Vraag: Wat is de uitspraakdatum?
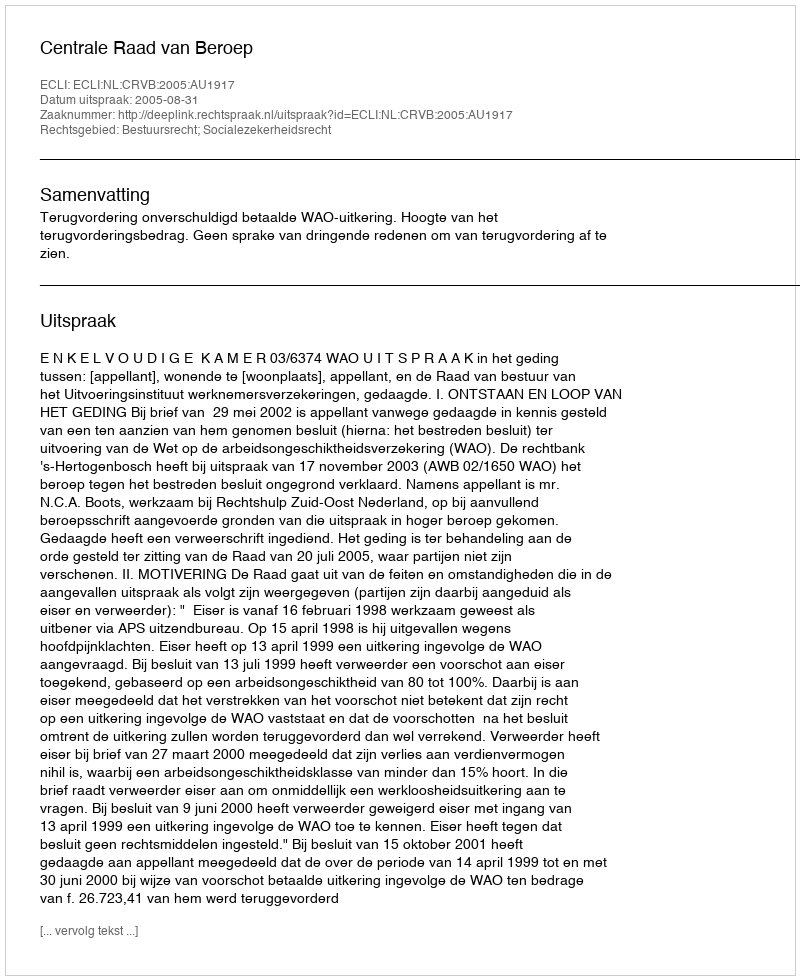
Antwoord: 2005-08-31